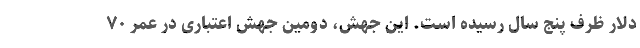
دلار ظرف پنج سال رسیده است. این جهش، دومین جهش اعتباری در عمر ۷۰